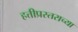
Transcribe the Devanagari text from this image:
हत्तीप्रस्तराच्या